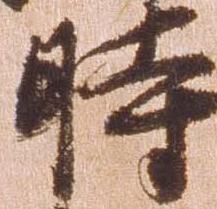
時